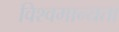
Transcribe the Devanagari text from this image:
विश्वमान्यता